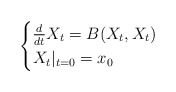
\begin{align*} \begin{cases}\frac{d}{dt} X_t = B(X_t,X_t) \\ X_t|_{t=0} = x_0\end{cases}\end{align*}